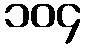
၁၀၄